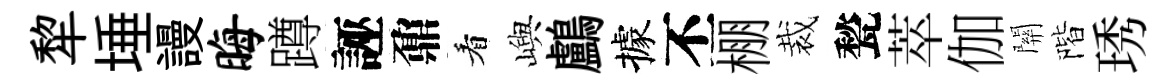
犂埵謾晦蹲誣鼐看嶼鸕據丕棚裁甃萃伽關階琇